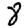
Digit: 8